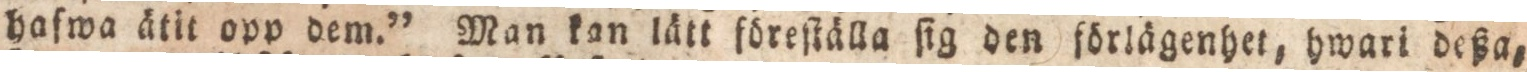
haſwa ätit opp dem.” Man kan lätt föreſtälla ſig den förlägenhet, hwari deßa,